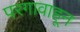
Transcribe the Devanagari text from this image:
परगावाहून